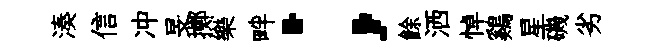
湊信冲旻擲樂畔；餘洒悼鷄星磯劣